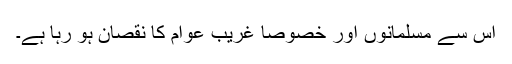
اس سے مسلمانوں اور خصوصاً غریب عوام کا نقصان ہو رہا ہے۔